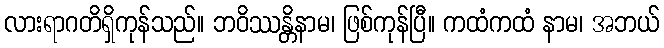
လားရာဂတိရှိကုန်သည်။ ဘဝိဿန္တိနာမ၊ ဖြစ်ကုန်ပြီ။ ကထံကထံ နာမ၊ အဘယ်